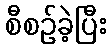
စီစဉ်ခဲ့ပြီး